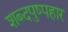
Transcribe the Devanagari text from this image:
शब्दपुष्पहार